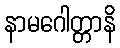
နာမဂေါတ္တာနိ